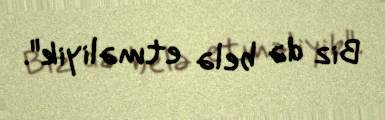
Biz də belə etməliyik".